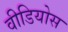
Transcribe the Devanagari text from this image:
वीडियोस